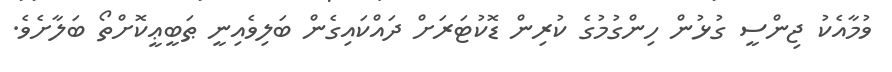
ވުމާއެކު ޖިންސީ ގުޅުން ހިންގުމުގެ ކުރިން ޑޮކުޓަރަށް ދައްކައިގެން ބަލިވެއިނީ ޠަބީޢީކޮށްތޯ ބަލާށެވެ.